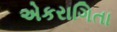
એકરાગિતા